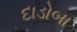
દાડોબા